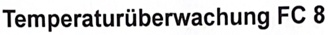
Text: Temperaturüberwachung FC 8